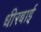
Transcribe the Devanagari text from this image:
धीरबाई